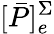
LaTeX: [\bar{P}]_{e}^{\Sigma}